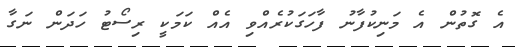
އެ ގޮތުން އެ މަނިކުފާނު ފާހަގަކުރެއްވި އެއް ކަމަކީ ރިސޯޓު ހަދަން ނަގާ